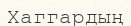
Хаггардың